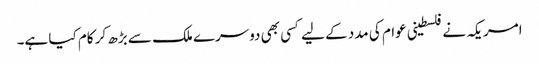
امریکہ نے فلسطینی عوام کی مدد کے لیے کسی بھی دوسرے ملک سے بڑھ کر کام کیا ہے۔